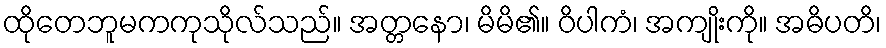
ထိုတေဘူမကကုသိုလ်သည်။ အတ္တနော၊ မိမိ၏။ ဝိပါကံ၊ အကျိုးကို။ အဓိပတိ၊